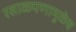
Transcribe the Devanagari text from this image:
रसाळपणामुळेच